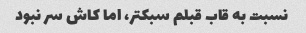
نسبت به قاب قبلم سبکتر، اما کاش سر نبود